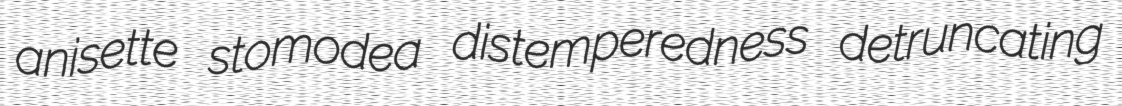
anisette stomodea distemperedness detruncating